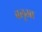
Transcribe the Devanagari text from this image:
बलूआ